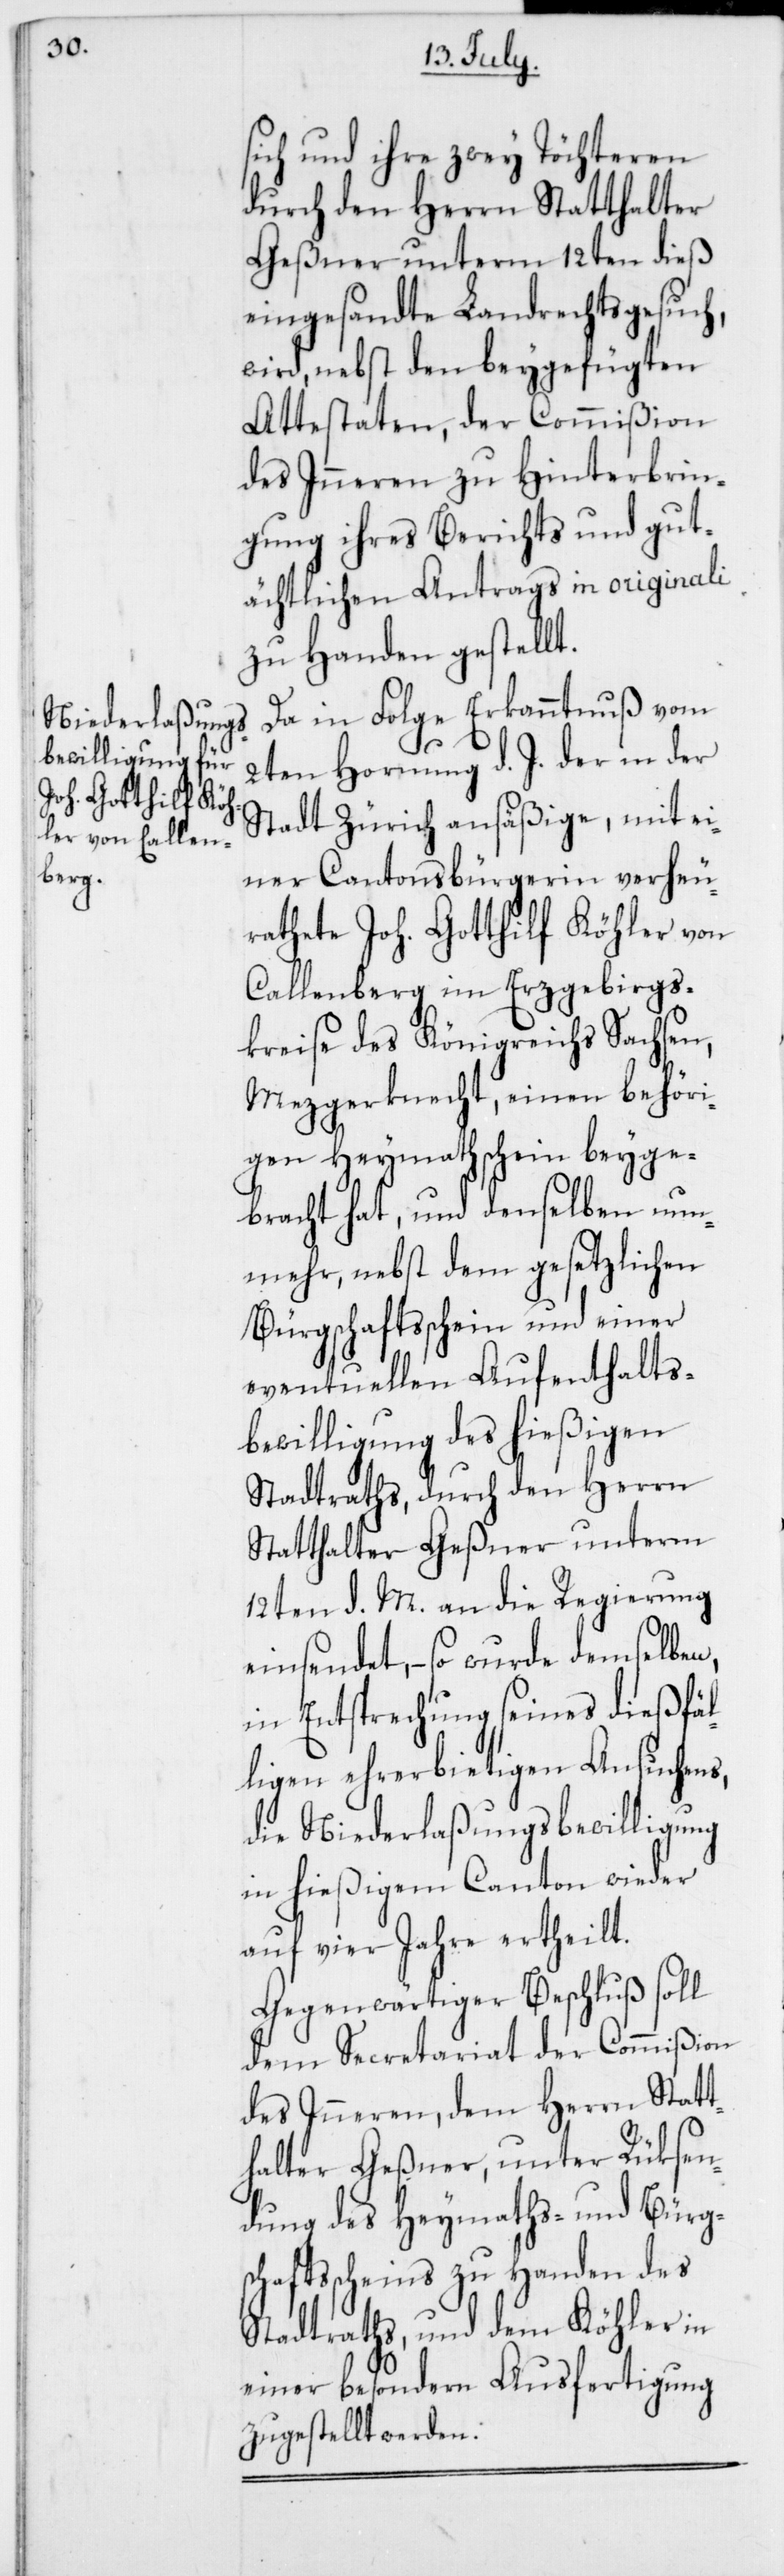
sich und ihre zwey Töchteren
durch den Herrn Statthalter
Geßner unterm 12ten dieß
eingesandte Landrechtsgesuch,
wird, nebst den beygefügten
Attestaten, der Commißion
des Inneren zu Hinterbrin¬
gung ihres Berichts und gut¬
ächtlichen Antrags in originali
zu Handen gestellt.
Da in Folge Erkanntnuß vom
2ten Hornung d. J. der in der
Stadt Zürich ansäßige, mit ei¬
ner Cantonsbürgerin verheu¬
rathete Joh. Gotthilf Köhler von
Callenberg im Erzgebirgs¬
kreise des Königreichs Sachsen,
Mezgerknecht, einen behöri¬
gen Heymathschein beyge¬
bracht hat, und denselben nun¬
mehr, nebst dem gesetzlichen
Bürgschaftsschein und einer
eventuellen Aufenthalts-B¬
ewilligung des hießigen
Stadtraths, durch den Herrn
Statthalter Geßner unterm
12ten d. M. an die Regierung
einsendet, – so wurde demselben,
in Entsprechung seines dießfäl¬
ligen ehrerbietigen Ansuchens,
die Niederlaßungsbewilligung
in hießigem Canton wieder
auf vier Jahre ertheilt.
Gegenwärtiger Beschluß soll
dem Secretariat der Commißion
des Inneren, dem Herrn Statt¬
halter Geßner, unter Rüksen¬
dung des Heymaths- und Bürg¬
schaftsscheins zu Handen des
Stadtraths, und dem Köhler in
einer besonderen Ausfertigung
zugestellt werden.